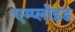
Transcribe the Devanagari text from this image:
एम्प्लॉइड